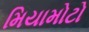
મિયામોટો